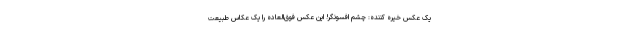
یک عکس خیره کننده: چشم افسونگر! این عکس فوق‌العاده را یک عکاس طبیعت